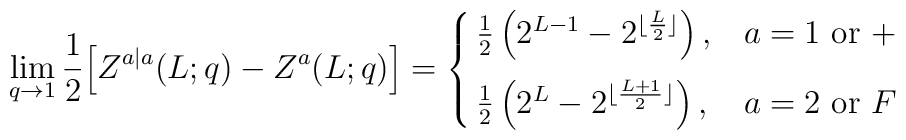
\lim_{q\to 1}{1\over 2}\Big[Z^{a|a}(L;q)-Z^a(L;q)\Big]=\cases{\frac{1}{2}\left(2^{L-1}-2^{\lfloor\frac{L}{2}\rfloor}\right),&$a=1$ or $+$\cr\frac{1}{2}\left(2^L-2^{\lfloor\frac{L+1}{2}\rfloor}\right)\rule{0in}{.25in},&$a=2$ or $F$}